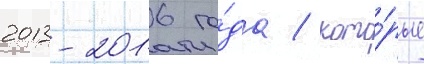
2013-2016 го́да / кото́рые